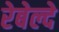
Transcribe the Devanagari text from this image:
रेबेल्दे